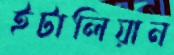
ইটালিয়ান